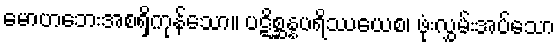
မောဟဘေးအစရှိကုန်သော။ ပဋိစ္ဆန္နပရိဿယေစ၊ ဖုံးလွှမ်းအပ်သော